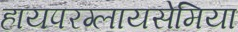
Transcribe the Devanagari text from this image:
हायपरग्लायसेमिया